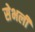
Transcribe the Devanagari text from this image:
सेभली